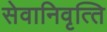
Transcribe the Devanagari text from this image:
सेवानिवृत्‍ति